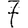
Digit: 7